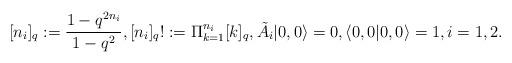
LaTeX: \begin{align*} [n_i]_q := \frac{1-q^{2n_i}}{1-q^2}, [n_i]_q! := \Pi_{k=1}^{n_i}[k]_q, \tilde A_i\vert 0,0\rangle = 0, \langle 0,0\vert 0,0\rangle =1,i=1,2.\end{align*}